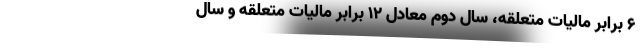
۶ برابر مالیات متعلقه، سال دوم معادل ۱۲ برابر مالیات متعلقه و سال